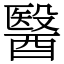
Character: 醫